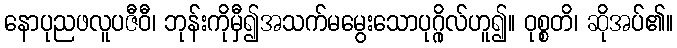
နောပုညဖလူပဇီဝီ၊ ဘုန်းကိုမှီ၍အသက်မမွေးသောပုဂ္ဂိုလ်ဟူ၍။ ဝုစ္စတိ၊ ဆိုအပ်၏။